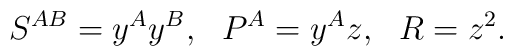
S^{AB}=y^Ay^B,~~P^A=y^Az,~~R=z^2.